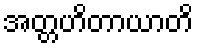
အတ္တဟိတာယာတိ